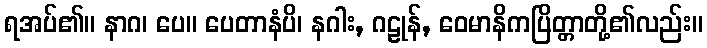
ရအပ်၏။ နာဂ၊ ပေ။ ပေတာနံပိ၊ နဂါး, ဂဠုန်, ဝေမာနိကပြိတ္တာတို့၏လည်း။